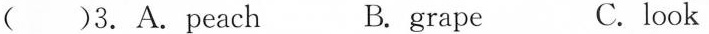
( )3.A.peach B. grape C.look